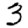
Digit: 3